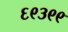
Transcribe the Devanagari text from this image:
६९३९९